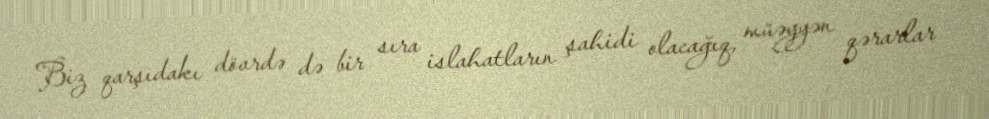
Biz qarşıdakı dövrdə də bir sıra islahatların şahidi olacağıq, müəyyən qərarlar